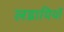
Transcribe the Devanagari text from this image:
लडायियों